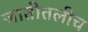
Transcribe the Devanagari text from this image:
जातीतलीच